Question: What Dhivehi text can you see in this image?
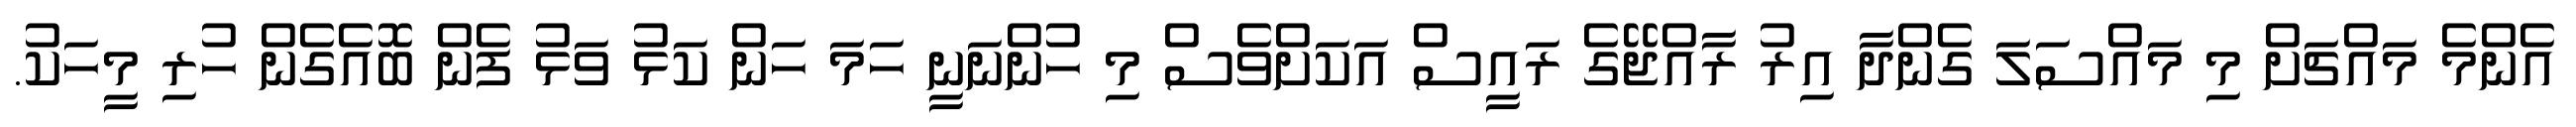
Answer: އެންމެ މައްޗަށް މި މައްސަލަ ގެންދާ އިރު ރާއްޖޭގެ ރައީސް އަކަށްވެސް މި ހުންނަނީ ހަމަ ހަން ކަޅު ވަޅު ފެން ބޮއެގެން ހުރި މީހަކު.